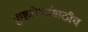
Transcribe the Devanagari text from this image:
कुष्ठरोग्यांसाठीच